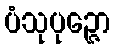
ပံသုပုဉ္ဇော